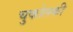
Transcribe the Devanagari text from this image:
चुकोत्स्की